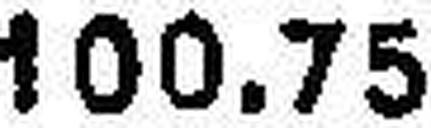
100.75